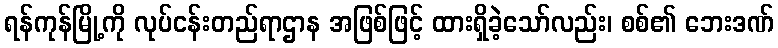
ရန်ကုန်မြို့ကို လုပ်ငန်းတည်ရာဌာန အဖြစ်ဖြင့် ထားရှိခဲ့သော်လည်း၊ စစ်၏ ဘေးဒဏ်